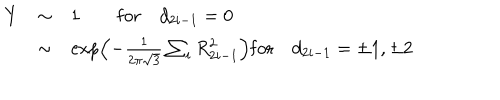
\begin{array} { r c l } { { Y } } & { { \sim } } & { { 1 \qquad \mathrm { f o r } \quad d _ { 2 i - 1 } = 0 \nonumber } } \\ { { } } & { { \sim } } & { { \exp \left( - \frac { 1 } { 2 \pi \sqrt { 3 } } \sum _ { i } R _ { 2 i - 1 } ^ { 2 } \right) \mathrm { f o r } \quad d _ { 2 i - 1 } = \pm 1 , \pm 2 } } \\ \end{array}